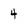
Character: 4